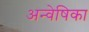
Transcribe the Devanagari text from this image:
अन्वेषिका